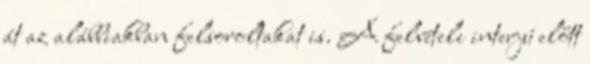
át az alábbiakban felsoroltakat is. A felvételi interjú előtt